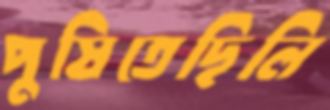
পুষিতেছিলি